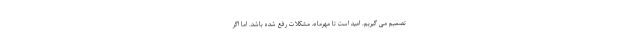
تصمیم می گیریم. امید است تا مهرماه، مشکلات رفع شده باشد. اما اگر